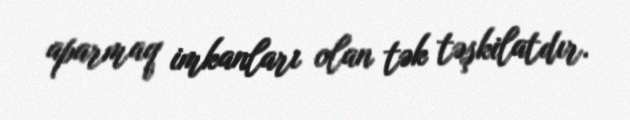
aparmaq imkanları olan tək təşkilatdır.